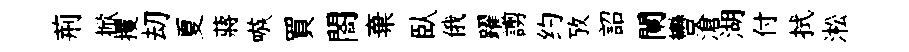
荊掀攫刧夏蔣嗾買閤棄臥俄躍謭约攷詔闌轡滄湖付拭淞